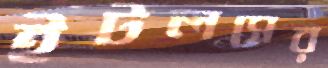
ইটলসের